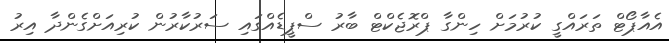
އެއާޕޯޓް ތަރައްގީ ކުރުމަށް ހިންގާ ޕްރޮޖެކްޓް ބާރު ސްޕީޑެއްގައި ސަރުކާރުން ކުރިއަށްގެންދާ އިރު